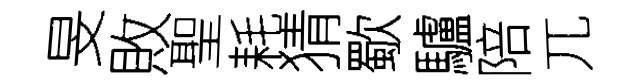
旻敗聖耗猜歜驢陪兀